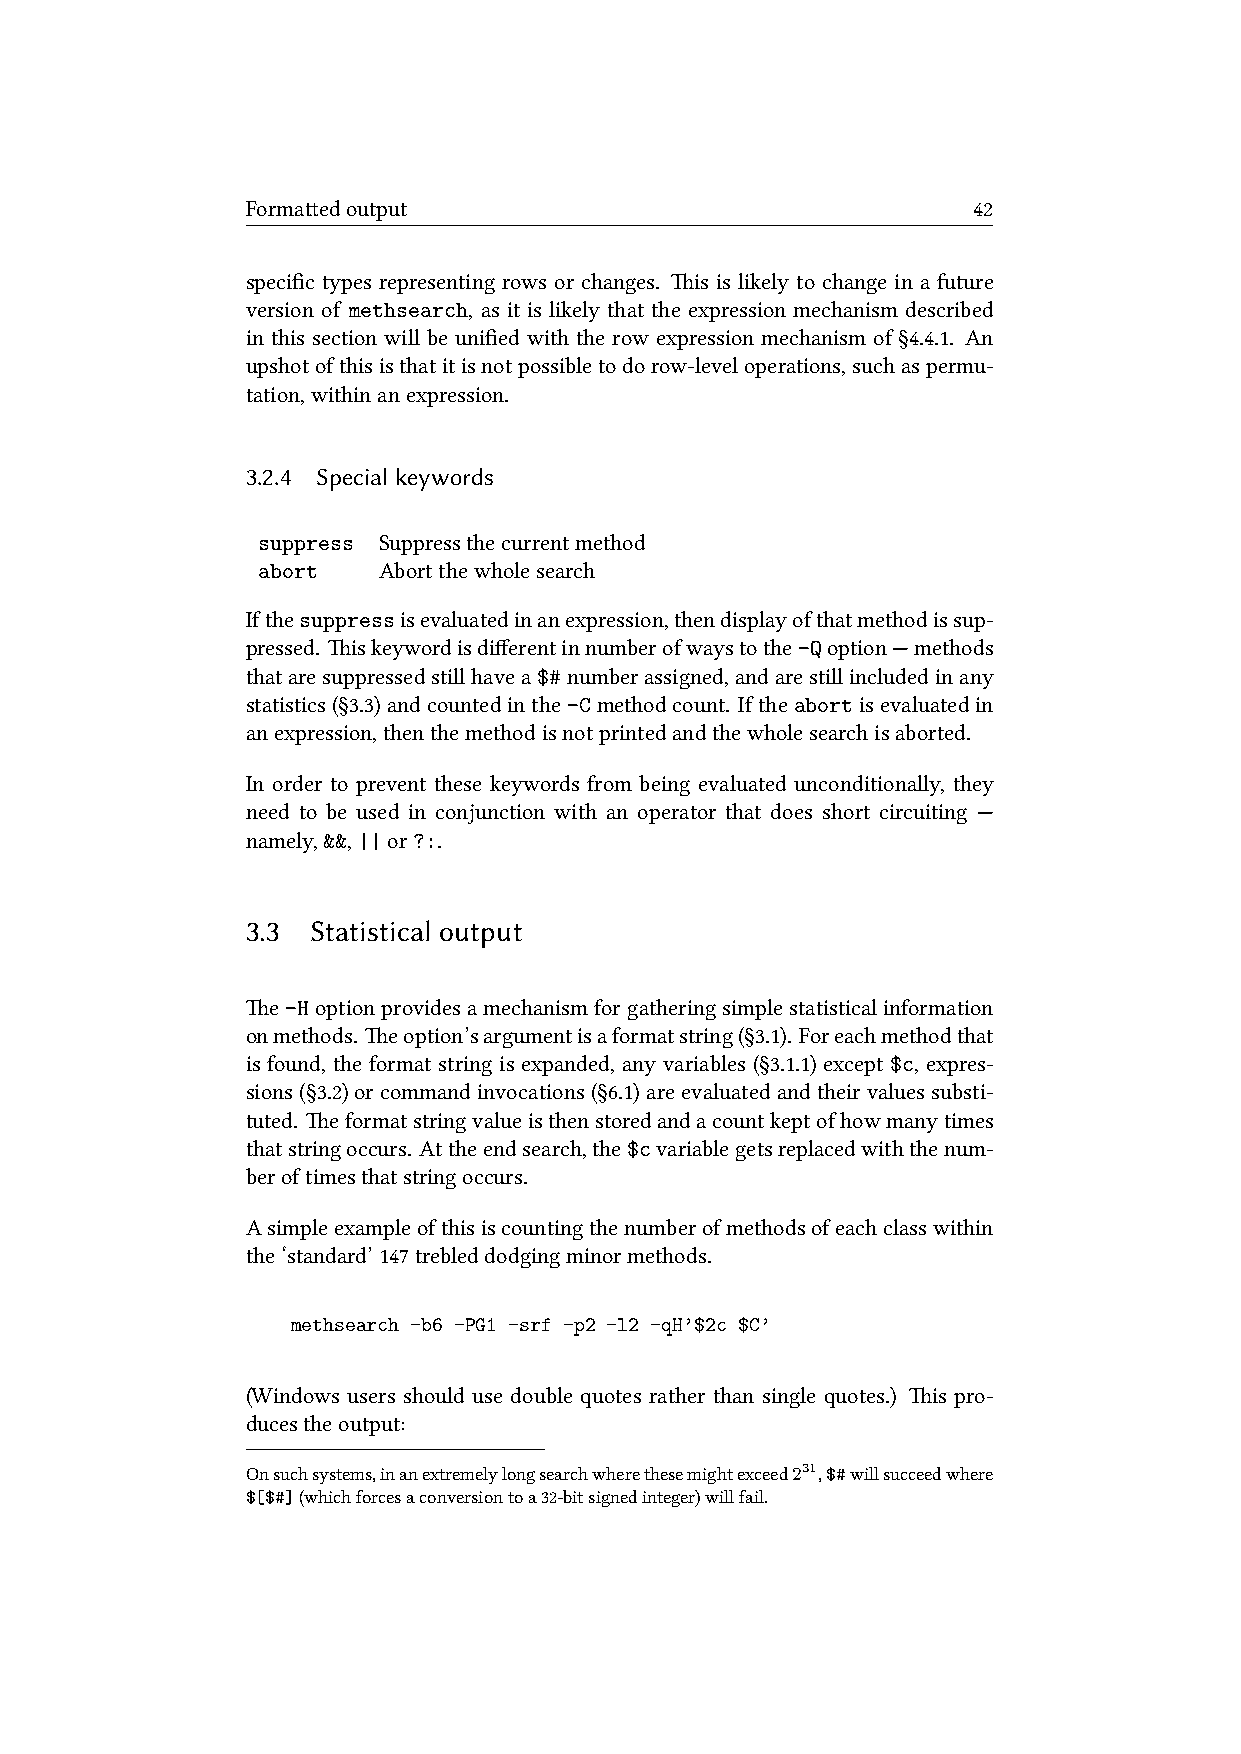
Formaedoutput                                  42
 specific types representing rows or changes. is is likely to change in a future
 version of methsearch, as it is likely that the expression mechanism described
 in this section will be unified with the row expression mechanism of §4.4.1. An
 upshotofthisisthatitisnotpossibletodorow-leveloperations,suchaspermu-
 tation,withinanexpression.
 3.2.4 Specialkeywords
 suppress Suppressthecurrentmethod
 abort   Abortthewholesearch
 Ifthesuppressisevaluatedinanexpression,thendisplayofthatmethodissup-
 pressed. iskeywordisdifferentinnumberofwaystothe-Qoption—methods
 thataresuppressedstillhavea$#numberassigned,andarestillincludedinany
 statistics(§3.3)andcountedinthe-Cmethodcount. Iftheabortisevaluatedin
 anexpression,thenthemethodisnotprintedandthewholesearchisaborted.
 In order to prevent these keywords from being evaluated unconditionally, they
 need to be used in conjunction with an operator that does short circuiting —
 namely,&&,||or?:.
 3.3  Statistical output
 e-Hoptionprovidesamechanismforgatheringsimplestatisticalinformation
 onmethods. eoption’sargumentisaformatstring(§3.1). Foreachmethodthat
 is found, the format string is expanded, any variables (§3.1.1) except $c, expres-
 sions(§3.2)orcommandinvocations(§6.1)areevaluatedandtheirvaluessubsti-
 tuted. eformatstringvalueisthenstoredandacountkeptofhowmanytimes
 thatstringoccurs. Attheendsearch,the$cvariablegetsreplacedwiththenum-
 beroftimesthatstringoccurs.
 Asimpleexampleofthisiscountingthenumberofmethodsofeachclasswithin
 the‘standard’147trebleddodgingminormethods.
 methsearch -b6 -PG1 -srf -p2 -l2 -qH’$2c $C’
 (Windows users should use double quotes rather than single quotes.) is pro-
 ducestheoutput:
 Onsuchsystems,inanextremelylongsearchwherethesemightexceed231,$#willsucceedwhere
 $[$#](whichforcesaconversiontoa32-bitsignedinteger)willfail.